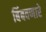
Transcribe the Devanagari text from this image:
बिंबवणारे